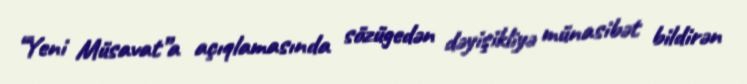
“Yeni Müsavat”a açıqlamasında sözügedən dəyişikliyə münasibət bildirən